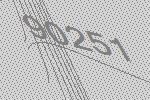
90251